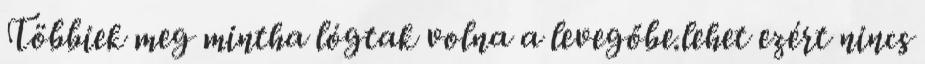
Többiek meg mintha lógtak volna a levegőbe.lehet ezért nincs